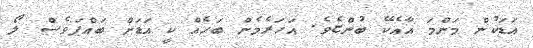
އަޑަކުން މަންމަ އާއެކޭ ބުންޏެވެ. އަހަރެމެން ބަހެއް ކީ އަޑަށް ބައްޕަވެސް ލޯ